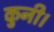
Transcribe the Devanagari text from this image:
कुनी।